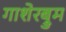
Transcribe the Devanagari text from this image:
गाशेरब्रुम